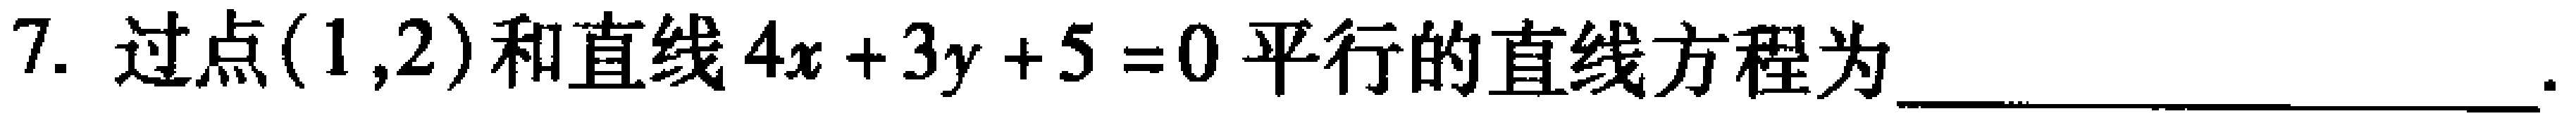
7. 过点$(1,2)$和直线$4x + 3y + 5 = 0$平行的直线方程为_________________.